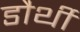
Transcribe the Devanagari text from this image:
डौर्थी